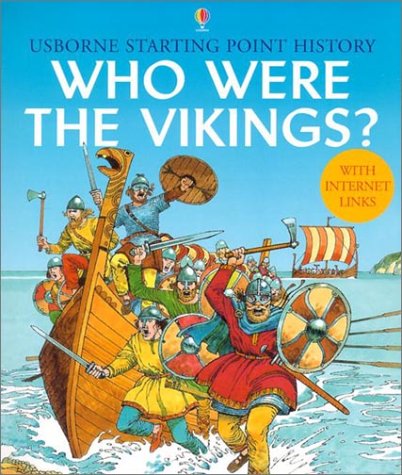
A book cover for Who Were the Vikings? (Usborne Starting Point History); Jane Chisholm; Children's Books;